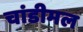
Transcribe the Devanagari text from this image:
चांडीमल